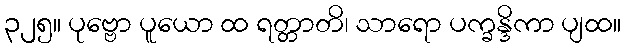
၃၂၅။ ပုဗ္ဗော ပူယော ထ ရတ္တာတိ၊ သာရော ပက္ခန္ဒိကာ ပျထ။